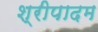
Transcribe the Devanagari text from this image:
श्रीपादम